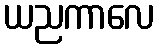
ယညကာလေ